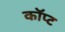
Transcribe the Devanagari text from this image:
कॉप्ट